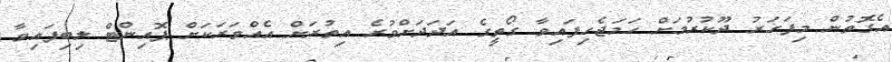
އެގޮތުން މިފަހަރު ދޫކުރުމަށް ހަމަޖެހިފައިވާ ގޯތީގެ އަދަދަށްވުރެ އިތުރަށް އެއްވަރަކަށް ޕޮއިންޓް ލިބިފައިވާ